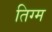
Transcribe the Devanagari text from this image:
तिग्म